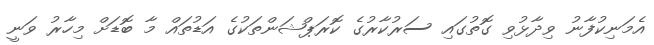
އެމަނިކުފާނު ވިދާޅުވި ގޮތުގައި ސަރުކާރުގެ ކޮރަޕްޝަންތަކުގެ އަޑުތައް މާ ބޮޑަށް މިހާރު ވަނީ